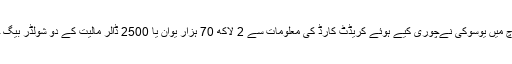
اس مارچ میں یوسوکی نےچوری کیے ہوئے کریڈٹ کارڈ کی معلومات سے 2 لاکھ 70 ہزار یوان یا 2500 ڈالر مالیت کے دو شولڈر بیگ خریدے۔